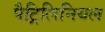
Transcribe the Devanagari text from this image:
पैट्रिलिनियल